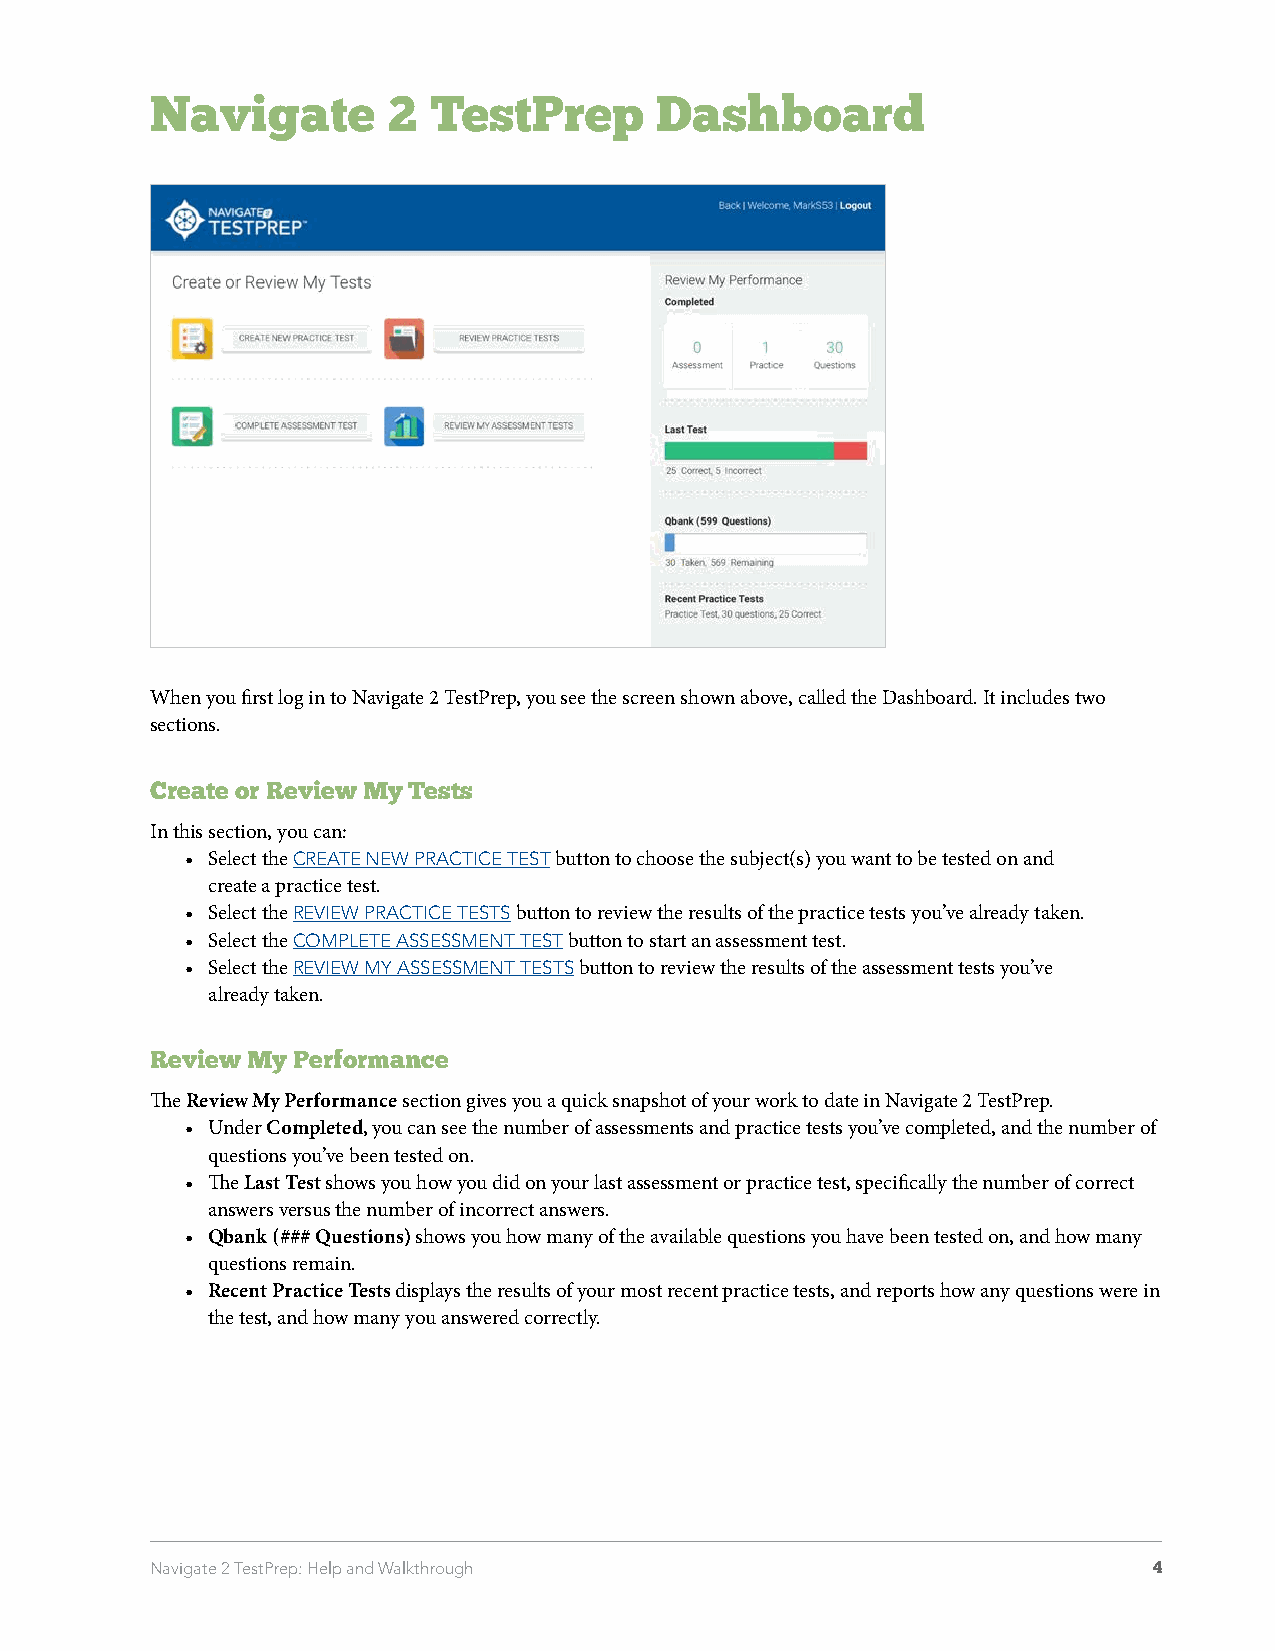
Navigate        2 TestPrep       Dashboard
 When you first log in to Navigate 2 TestPrep, you see the screen shown above, called the Dashboard. It includes two
 sections.
 Create or Review My Tests
 In this section, you can:
 • Select the CREATE NEW PRACTICE TEST button to choose the subject(s) you want to be tested on and
 create a practice test.
 • Select the REVIEW PRACTICE TESTS button to review the results of the practice tests you’ve already taken.
 • Select the COMPLETE ASSESSMENT TEST button to start an assessment test.
 • Select the REVIEW MY ASSESSMENT TESTS button to review the results of the assessment tests you’ve
 already taken.
 Review My Performance
 The Review My Performance section gives you a quick snapshot of your work to date in Navigate 2 TestPrep.
 • Under Completed, you can see the number of assessments and practice tests you’ve completed, and the number of
 questions you’ve been tested on.
 • The Last Test shows you how you did on your last assessment or practice test, specifically the number of correct
 answers versus the number of incorrect answers.
 • Qbank (### Questions) shows you how many of the available questions you have been tested on, and how many
 questions remain.
 • Recent Practice Tests displays the results of your most recent practice tests, and reports how any questions were in
 the test, and how many you answered correctly.
 Navigate 2 TestPrep: Help and Walkthrough                         4